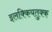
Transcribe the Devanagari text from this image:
इलक्कियतुक्क